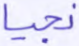
نجيا